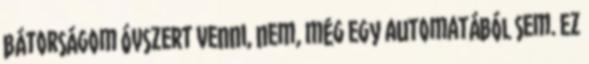
bátorságom óvszert venni, nem, még egy automatából sem. Ez